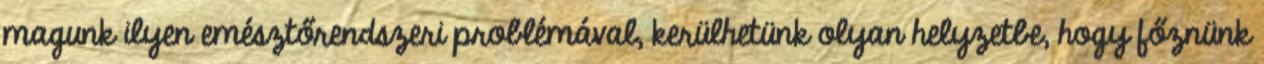
magunk ilyen emésztőrendszeri problémával, kerülhetünk olyan helyzetbe, hogy főznünk